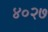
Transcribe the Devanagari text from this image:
४०२७